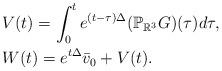
LaTeX: \begin{align*}&V(t)=\int_0^te^{(t-\tau)\Delta}(\mathbb P_{\mathbb R^3}G)(\tau)d\tau, \\&W(t)=e^{t\Delta}\bar v_0 +V(t).\end{align*}